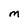
Character: M